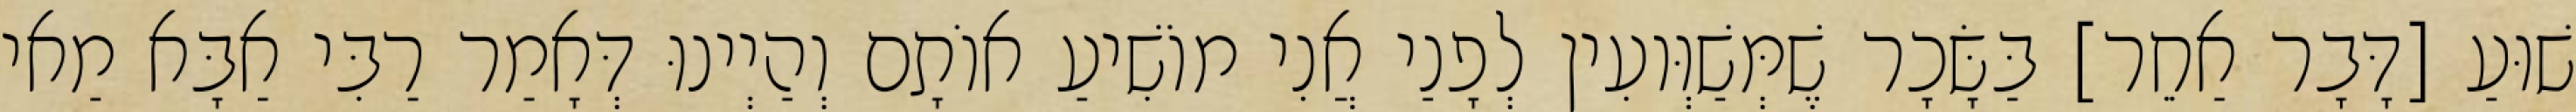
שׁוּעַ [דָּבָר אַחֵר] בַּשָּׂכָר שֶׁמְּשַׁוְּועִין לְפָנַי אֲנִי מוֹשִׁיעַ אוֹתָם וְהַיְינוּ דְּאָמַר רַבִּי אַבָּא מַאי